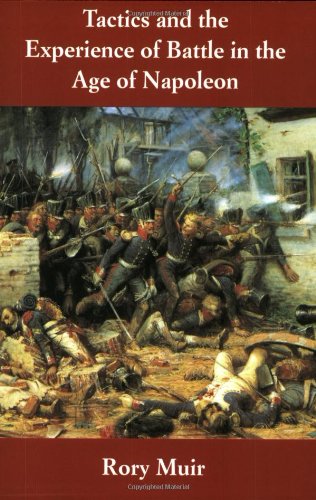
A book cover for Tactics and the Experience of Battle in the Age of Napoleon; Dr. Rory Muir; History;